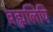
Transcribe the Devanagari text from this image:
ब्रह्मलिपि